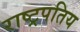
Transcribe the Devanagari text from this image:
राष्ट्रपतिय